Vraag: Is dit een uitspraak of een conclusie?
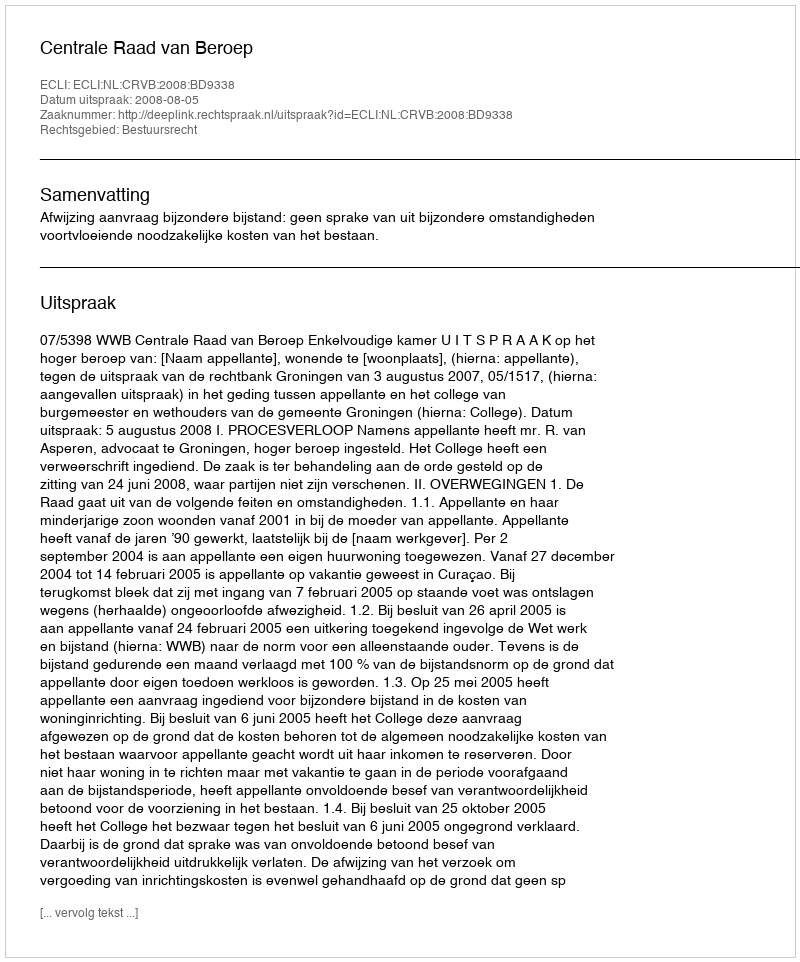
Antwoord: Uitspraak